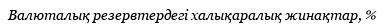
Валюталық резервтердегі халықаралық жинақтар, %